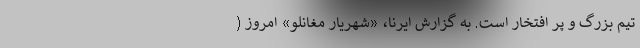
تیم بزرگ و پر افتخار است. به گزارش ایرنا، «شهریار مغانلو» امروز (